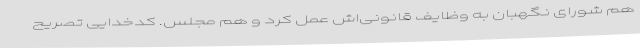
هم شورای نگهبان به وظایف قانونی‌اش عمل کرد و هم مجلس. کدخدایی تصریح